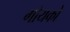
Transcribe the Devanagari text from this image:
गोयको